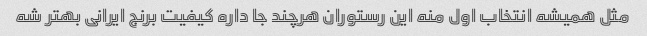
مثل همیشه انتخاب اول منه این رستوران هرچند جا داره کیفیت برنج ایرانی بهتر شه